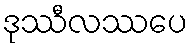
ဒုဿီလဿပေ